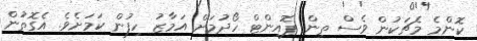
ކޮންމެ މެޗަކުން ވެސް ތިން ޕޮއިންޓް ހޯދުމަށް އަމާޒު ހިފުން ކަމަށެވެ. އެގޮތުން